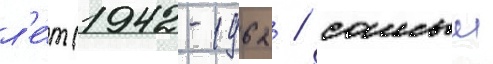
л'е́т (1942-1962 / самыи